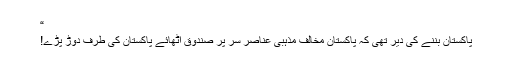
“
پاکستان بننے کی دیر تھی کہ پاکستان مخالف مذہبی عناصر سر پر صندوق اُٹھائے پاکستان کی طرف دوڑ پڑے!